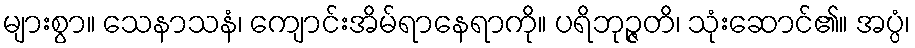
များစွာ။ သေနာသနံ၊ ကျောင်းအိမ်ရာနေရာကို။ ပရိဘုဉ္ဇတိ၊ သုံးဆောင်၏။ အပ္ပံ၊